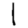
Digit: 1